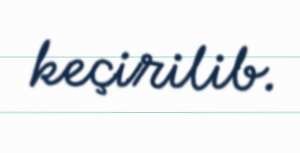
keçirilib.